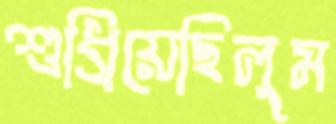
শুধ্‌রিয়েছিলুম